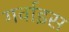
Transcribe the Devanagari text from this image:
गर्वाइस